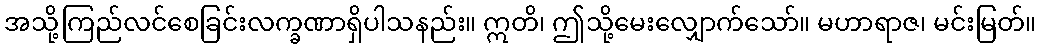
အသို့ကြည်လင်စေခြင်းလက္ခဏာရှိပါသနည်း။ ဣတိ၊ ဤသို့မေးလျှောက်သော်။ မဟာရာဇ၊ မင်းမြတ်။